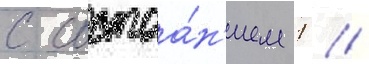
с состоа́н'ием 1 /